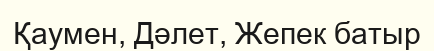
Қаумен, Дәлет, Жепек батыр